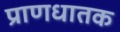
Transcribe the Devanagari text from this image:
प्राणधातक